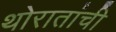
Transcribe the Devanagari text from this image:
थोरातांची